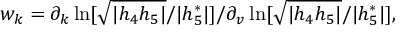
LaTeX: w _ { k } = \partial _ { k } \ln [ \sqrt { | h _ { 4 } h _ { 5 } | } / | h _ { 5 } ^ { \ast } | ] / \partial _ { v } \ln [ \sqrt { | h _ { 4 } h _ { 5 } | } / | h _ { 5 } ^ { \ast } | ] ,